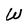
Character: W